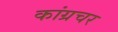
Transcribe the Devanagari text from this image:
कांग्रचर